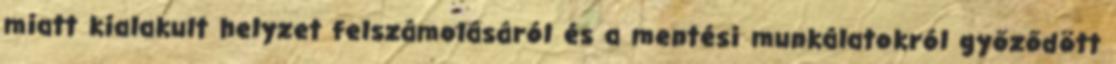
miatt kialakult helyzet felszámolásáról és a mentési munkálatokról győződött